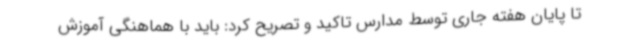
تا پایان هفته جاری توسط مدارس تاکید و تصریح کرد: باید با هماهنگی آموزش